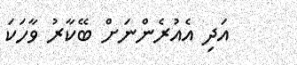
އަދި އެއުރެންނަށް ބޭކާރު ވާހަކަ